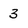
Character: 3